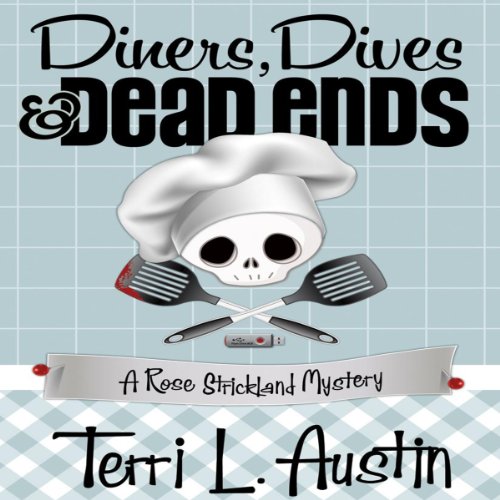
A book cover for Diners, Dives and Dead Ends: A Rose Strickland Mystery; Terri L. Austin; Mystery, Thriller & Suspense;